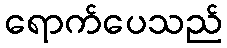
ရောက်ပေသည်